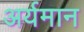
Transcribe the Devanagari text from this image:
अर्यमान